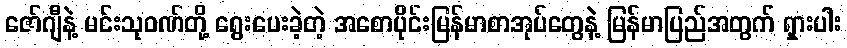
ဇော်ဂျီနဲ့ မင်းသုဝဏ်တို့ ရွေးပေးခဲ့တဲ့ အစောပိုင်းမြန်မာစာအုပ်တွေနဲ့ မြန်မာပြည်အတွက် ရှားပါး